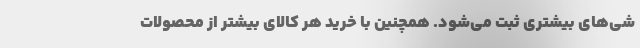
شی‌های بیشتری ثبت می‌شود. همچنین با خرید هر کالای بیشتر از محصولات